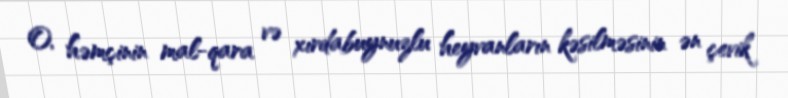
O, həmçinin mal-qara və xırdabuynuzlu heyvanların kəsilməsinin ən çevik